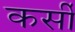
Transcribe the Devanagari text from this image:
कर्सी